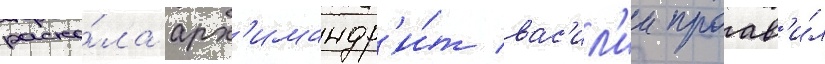
раско́ла арх'имандр'и́т вас'ил'ии проав'и́л